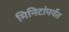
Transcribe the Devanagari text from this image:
मिनिटांपर्यंत